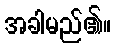
အခါမည်၏။